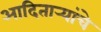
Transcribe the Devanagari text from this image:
आदितार्‍यांचे